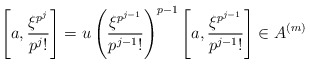
\begin{align*}\left[a,\frac{\xi^{p^{j}}}{p^{j}!}\right]=u \left(\frac{\xi^{p^{j-1}}}{p^{j-1}!}\right)^{p-1} \left[a,\frac{\xi^{p^{j-1}}}{p^{j-1}!}\right]\in A^{(m)}\end{align*}